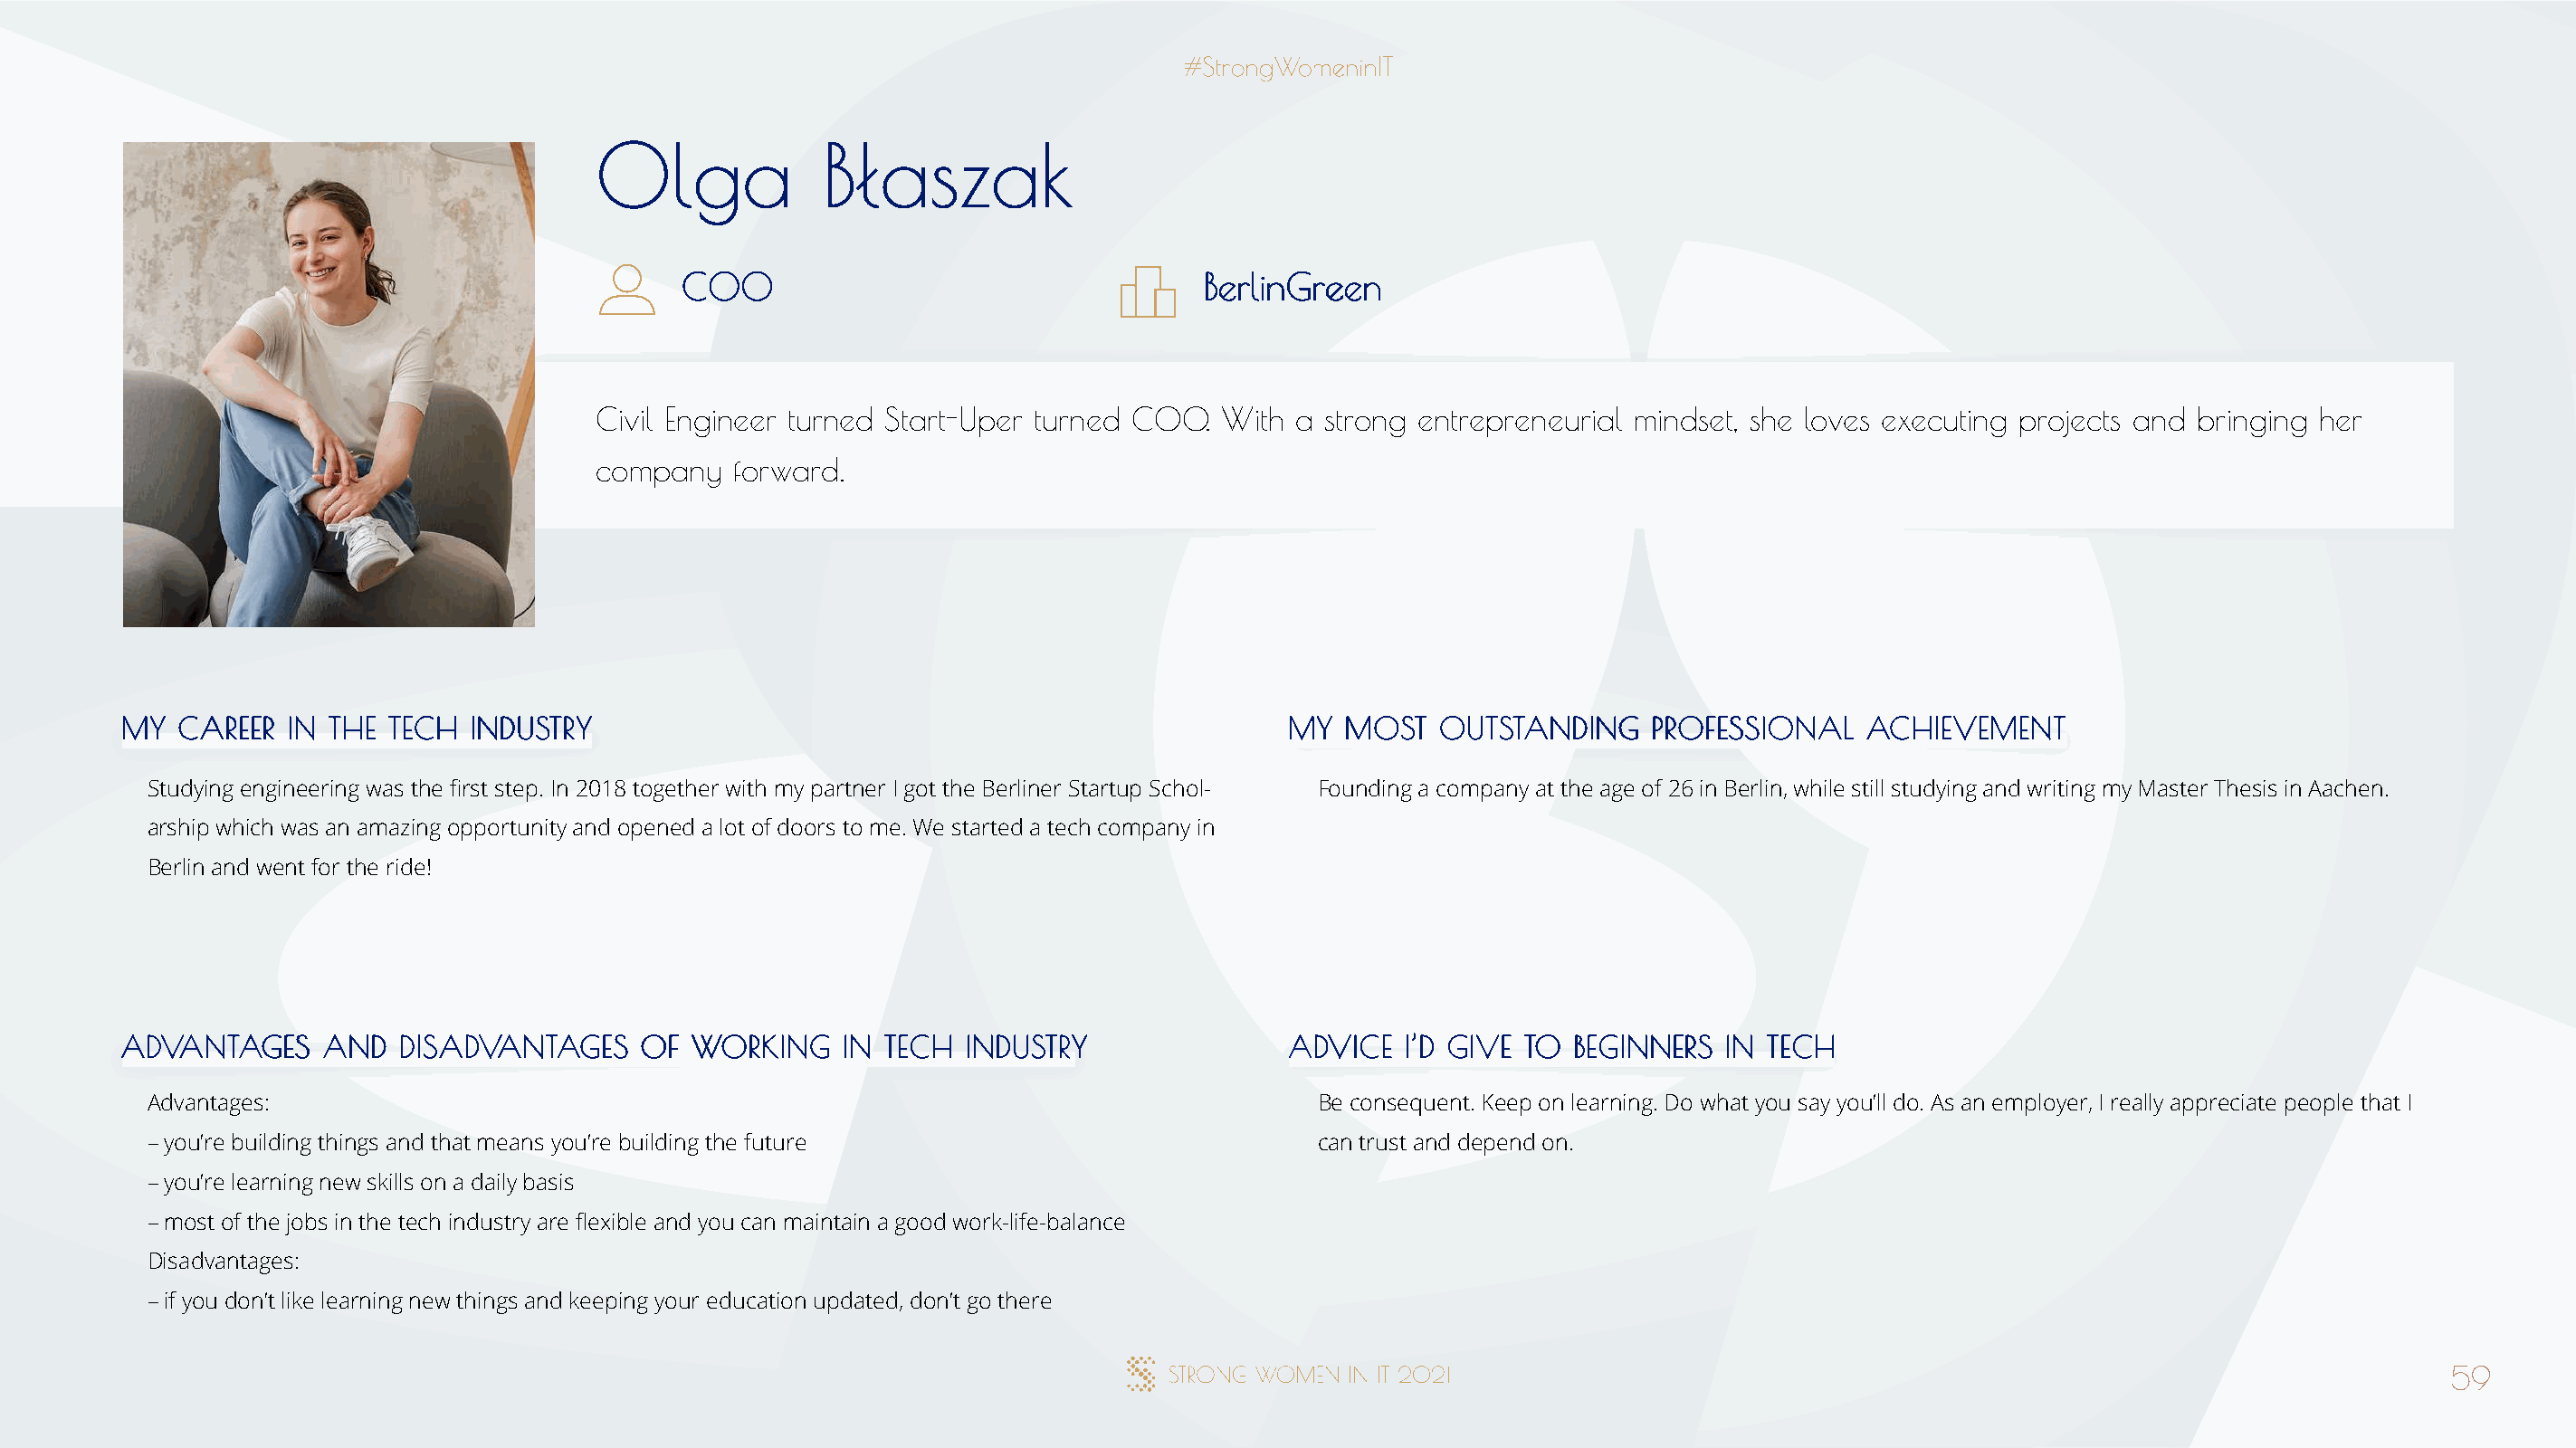
OOllggaa        BBłłaasszzaakk
 CCOOOO                                BBeerrlliinnGGrreeeenn
 Civil Engineer turned Start-Uper turned COO. With  a strong entrepreneurial mindset, she loves executing projects and bringing her
 company   forward.
 MMYY CCAARREEEERR IINN TTHHEE TTEECCHH IINNDDUUSSTTRRYY                              MMYY MMOOSSTT OOUUTTSSTTAANNDDIINNGG PPRROOFFEESSSSIIOONNAALL AACCHHIIEEVVEEMMEENNTT
 Studying engineering was the first step. In 2018 together with my partner I got the Berliner Startup Schol- Founding a company at the age of 26 in Berlin, while still studying and writing my Master Thesis in Aachen.
 arship which was an amazing opportunity and opened a lot of doors to me. We started a tech company in
 Berlin and went for the ride!
 AADDVVAANNTTAAGGEESS AANNDD DDIISSAADDVVAANNTTAAGGEESS OOFF WWOORRKKIINNGG IINN TTEECCHH IINNDDUUSSTTRRYY AADDVVIICCEE II’’DD GGIIVVEE TTOO BBEEGGIINNNNEERRSS IINN TTEECCHH
 Advantages:                                                                          Be consequent. Keep on learning. Do what you say you’ll do. As an employer, I really appreciate people that I
 – you’re building things and that means you’re building the future                   can trust and depend on.
 – you’re learning new skills on a daily basis
 – most of the jobs in the tech industry are flexible and you can maintain a good work-life-balance
 Disadvantages:
 – if you don’t like learning new things and keeping your education updated, don’t go there
 59